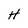
Character: H